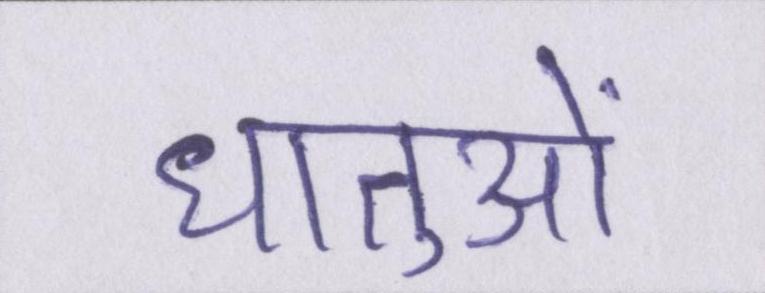
धातुओं